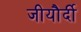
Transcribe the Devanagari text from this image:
जीयौर्दी